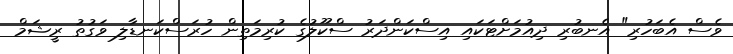
ވެސް އެބަހުރި" އެނބުރި ދިއުމަށްޓަކައި އިސްކަންދަރު ސްކޫލުގެ ކުރިމަތިން ހުރަސްކަނޑާލި ވަގުތު ރީޝަމް